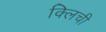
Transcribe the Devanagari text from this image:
क्लिची